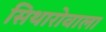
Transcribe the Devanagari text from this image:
सिथारोवाला